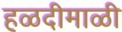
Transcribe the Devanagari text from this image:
हळदीमाळी